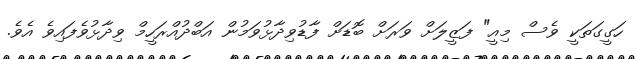
ހަގީގަތަކީ ވެސް މިއީ" ފަޒީލަށް ވަރަށް ބޮޑަށް ފާޑުވިދާޅުވަމުން އަބްދުއްރަހީމް ވިދާޅުވެފައިވެ އެވެ.